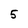
Character: 5